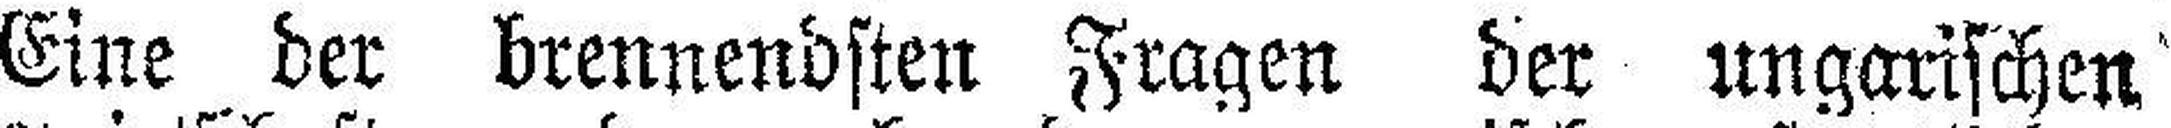
Eine der brennendsten Fragen der ungarischen